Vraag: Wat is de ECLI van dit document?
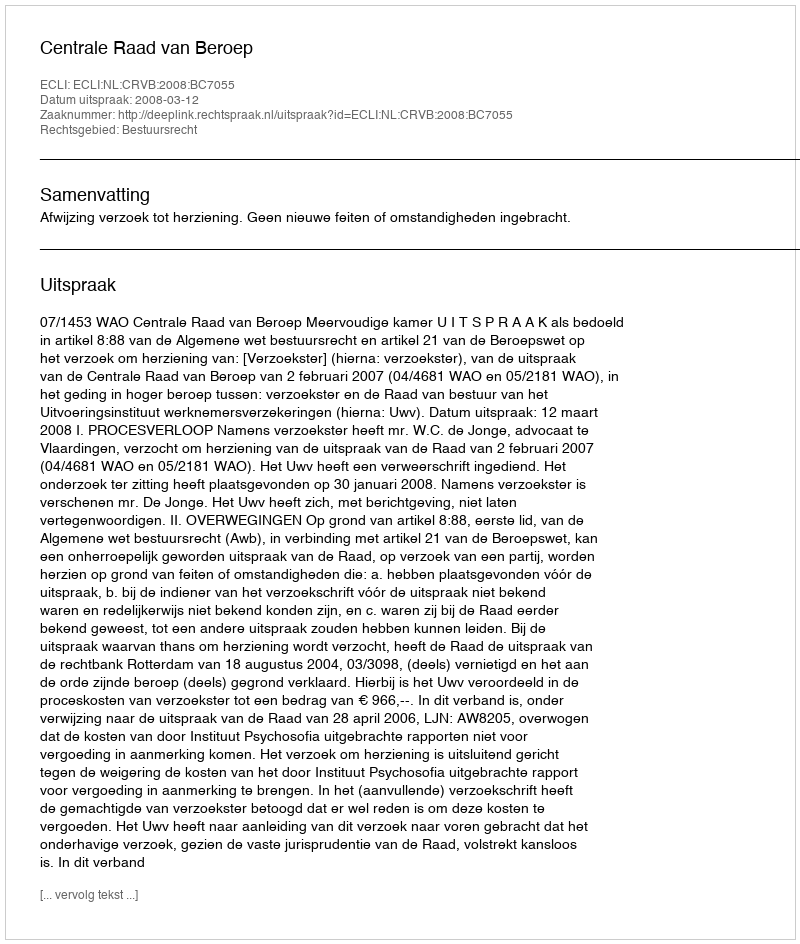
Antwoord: ECLI:NL:CRVB:2008:BC7055